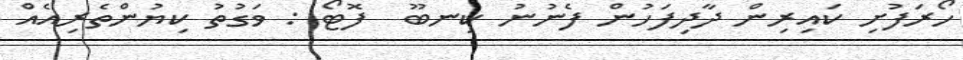
ހޯރަފުށި ކައިރިން ދާދިފަހުން ފެނުނު ކިނބޫ  ފޮޓޯ : ވަގުތު ކިޔުންތެރިއެއް